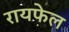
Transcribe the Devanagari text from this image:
रायफेल